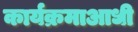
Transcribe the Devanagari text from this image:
कार्यक्रमाआधी